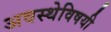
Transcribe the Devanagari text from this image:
अवस्थेविषयी